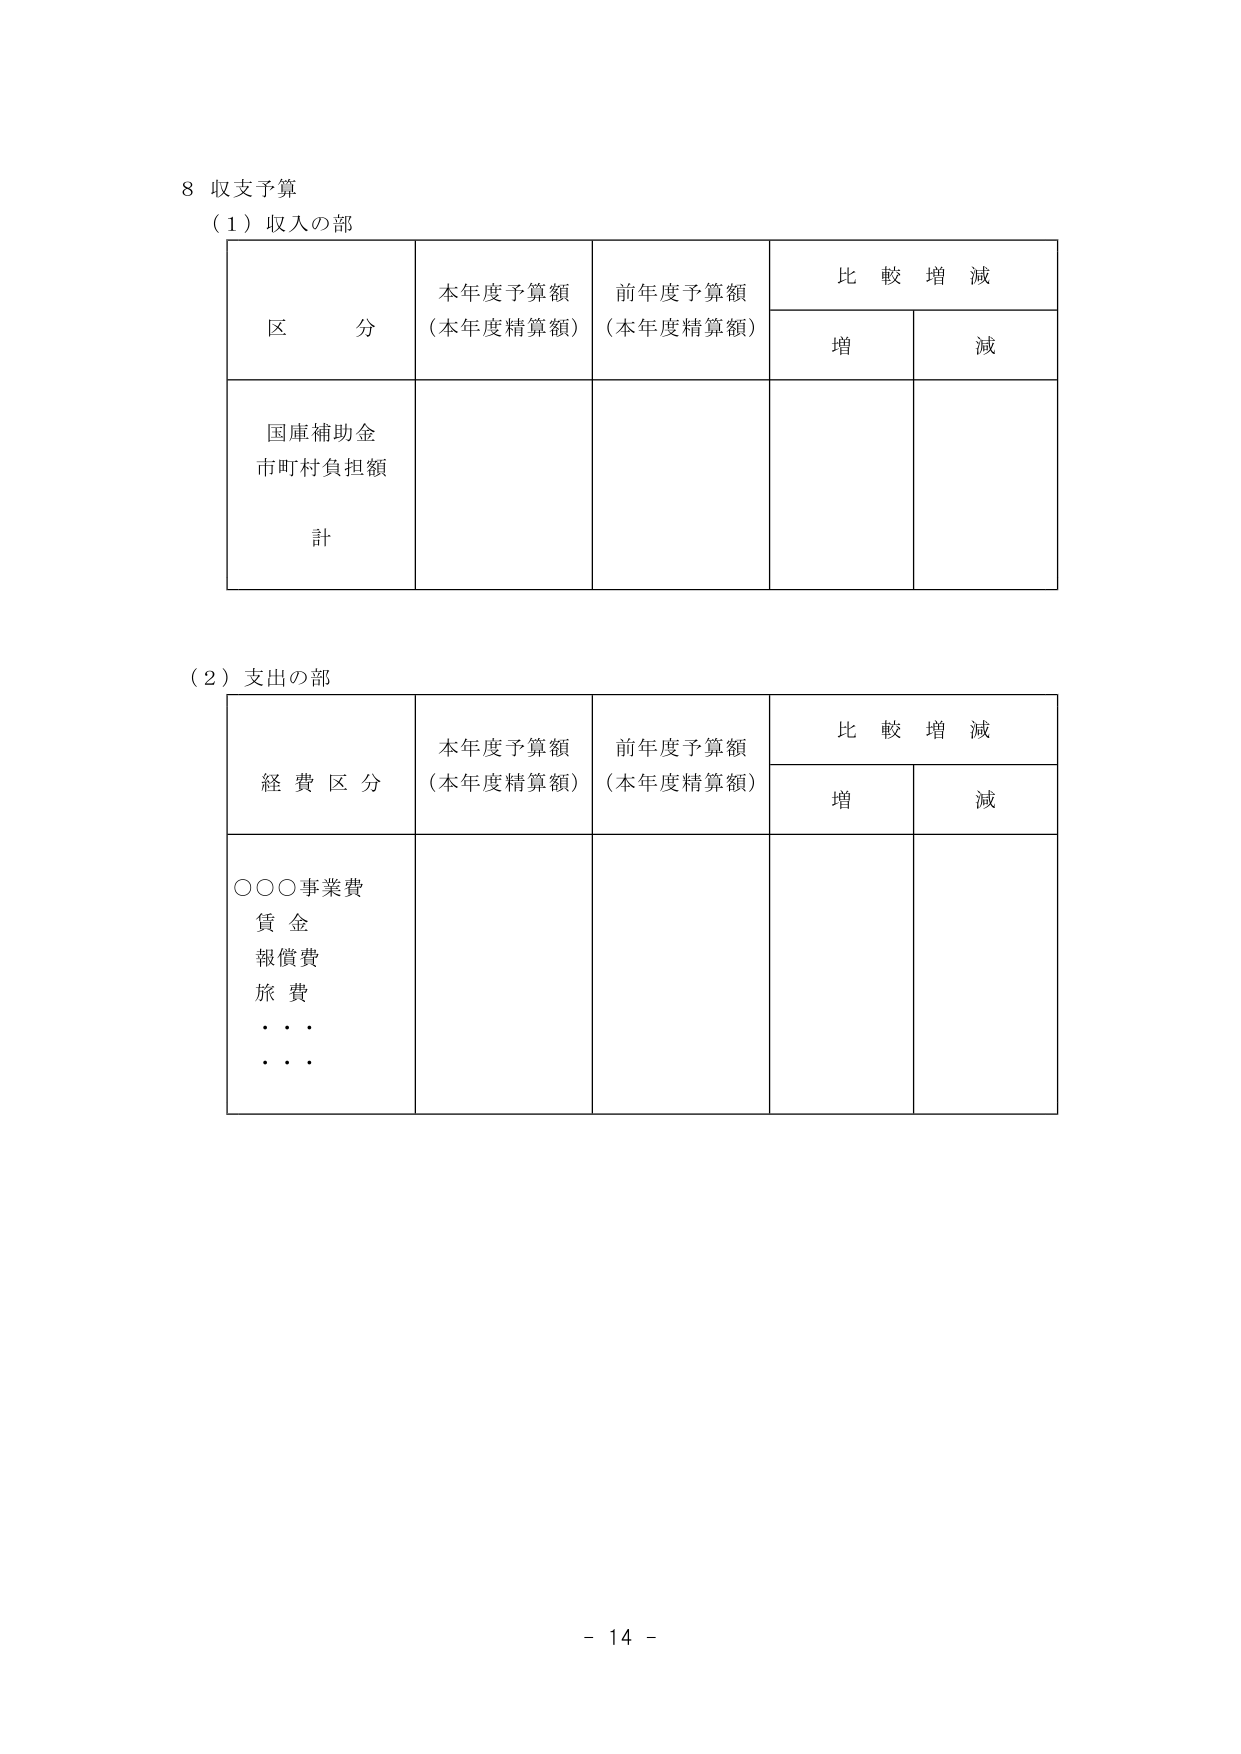
8 収支予算
（1）収入の部
区 分 本年度予算額（本年度精算額） 前年度予算額（本年度精算額） 比較増減
　　　　増 減
国庫補助金
市町村負担額
計

（2）支出の部
経費区分 本年度予算額（本年度精算額） 前年度予算額（本年度精算額） 比較増減
　　　　増 減
○○○事業費
賃金
報償費
旅費
・・・
・・・

- 14 -